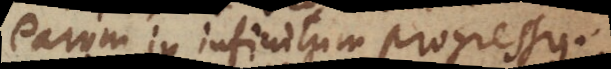
earum in infinitum progressus.